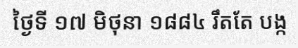
ថ្ងៃទី ១៧ មិថុនា ១៨៨៤ រឹតតែ បង្ក